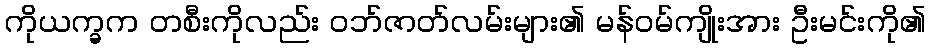
ကိုယက္ခက တစီးကိုလည်း ဝဘ်ဇာတ်လမ်းများ၏ မန်ဝမ်ကျိုးအား ဦးမင်းကို၏